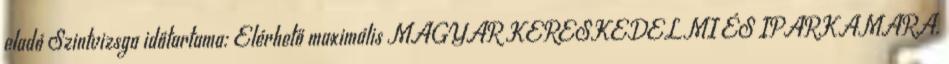
eladó Szintvizsga időtartama: Elérhető maximális MAGYAR KERESKEDELMI ÉS IPARKAMARA.